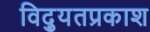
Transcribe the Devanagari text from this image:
विद्युतप्रकाश